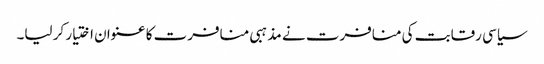
سیاسی رقابت کی منافرت نے مذہبی منافرت کا عنوان اختیار کر لیا۔